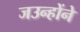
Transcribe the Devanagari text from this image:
जउन्होंने